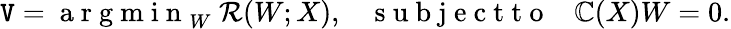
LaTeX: \mathtt{V}={\mathrm{{~a~r~g~m~i~n~}}}_{W}~\mathcal{{R}}(W;X),\; \; \; \mathrm{{~s~u~b~j~e~c~t~t~o~}}\; \; \; \mathbb{{C}}(X)W=0.